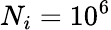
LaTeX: N_{i}=10^{6}